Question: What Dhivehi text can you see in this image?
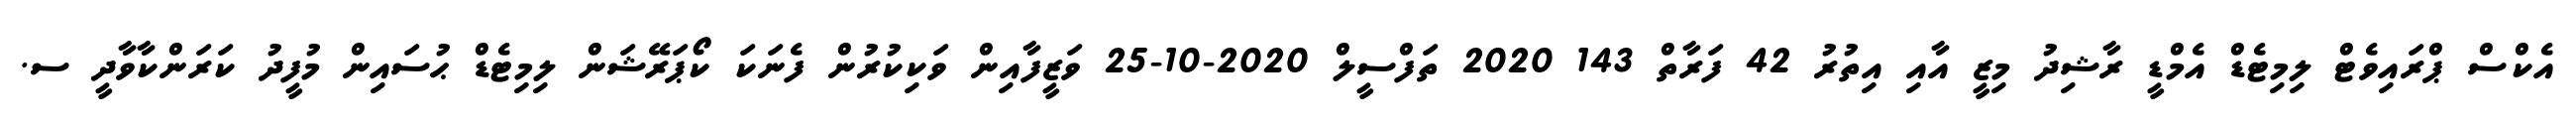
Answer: އެކްސް ޕްރައިވެޓް ލިމިޓެޑް އެމްޑީ ރާޝިދު މިޒީ އާއި އިތުރު 42 ފަރާތް 143 2020 ތަފްސީލް 2020-10-25 ވަޒީފާއިން ވަކިކުރުން ފެނަކަ ކޯޕަރޭޝަން ލިމިޓެޑް ޙުސައިން މުފީދު ކަރަންކާވާދީ ސ.